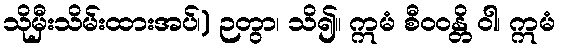
သိုမှီးသိမ်းထားအပ်၊) ဉတွာ၊ သိ၍။ ဣမံ စီဝဝန္တိ ဝါ၊ ဣမံ